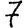
Digit: 7